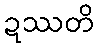
ဍဿတိ